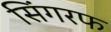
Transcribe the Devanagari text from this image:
सिंगरफ